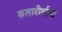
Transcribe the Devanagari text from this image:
कलादीर्घाओं